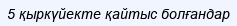
5 қыркүйекте қайтыс болғандар